Papers set at the Examination for Leaving Certificates, 1893
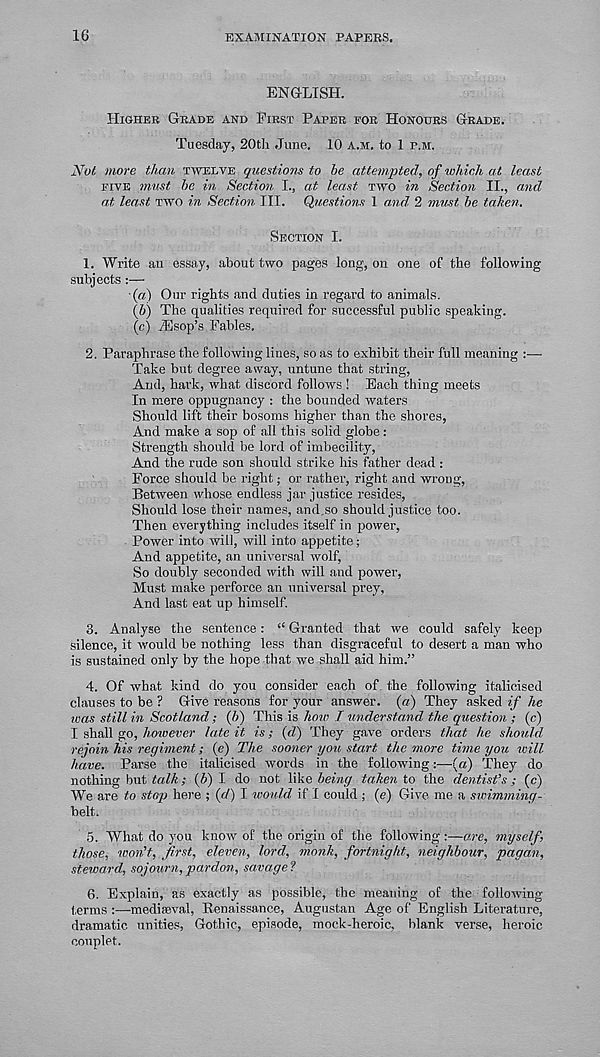
16
EXAMINATION PAPEES.
ENGLISH.
HIGHEK GRADE AND FIRST PAPER FOR HONOURS GRADE.
Tuesday, 20th June. 10 A.M. to 1 F.M.
Not more than TWELVE questions to he attempted, of which at least
FIVE must be in Section I., at least TWO in Section II., and
at least TWO in Section III. Questions 1 and 2 7nust be taken.
SECTION I.
1. Write an essay, about two pages long, on one of the following
subjects :—
■(«) Our rights and duties in regard to animals.
(6) The qualities required for successful public speaking.
(c) jEsop’s Fables.
2. Paraphrase the following lines, so as to exhibit their full meaning :—
Take but degree away, untune that string,
And, hark, what discord follows ! Each thing meets
In mere oppugnancy : the bounded waters
Should lift their bosoms higher than the shores,
And make a sop of all this solid globe :
Strength should be lord of imbecility,
And the rude son should strike his father dead :
Force should be right; or rather, right and wrong,
Between whose endless jar justice resides,
Should lose their names, and.so should justice too.
Then everything includes itself in power,
Power into will, will into appetite;
And appetite, an universal wolf,
So doubly seconded with will and power,
Must make perforce an universal prey,
And last eat up himself.
3. Analyse the sentence: “ Granted that we could safely keep
silence, it would be nothing less than disgraceful to desert a man who
is sustained only by the hope that we shall aid him.”
4. Of what kind do you consider each of the following italicised
clauses to be ? Give reasons for your answer, (a) They asked if he
was still in Scotland; (b) This is how I understand the question ; (c)
I shall go,/wneewr late it is; (d.) They gave orders that he should
rejoin his regiment; (e) The sooner you start the more time you will
have. Parse the italicised words in the following:—(a) They do
nothing but talk; (b) I do not like being taken to the dentist’s ; (c)
We are to stop here ; (c/) I would if I could ; (e) Give me a swimming-
belt.
5. What do you know of the origin of the following:—are, myself,
those, won’t, first, eleven, lord, monk, fortnight, neighbour, pagan,
steward, sojourn,pardon, savage?
6. Explain, as exactly as possible, the meaning of the following
terms :—mediaeval, Renaissance, Augustan Age of English Literature,
dramatic unities, Gothic, episode, mock-heroic, blank verse, heroic
couplet.